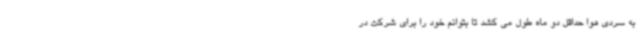
به سردی هوا حداقل دو ماه طول می کشد تا بتوانم خود را برای شرکت در